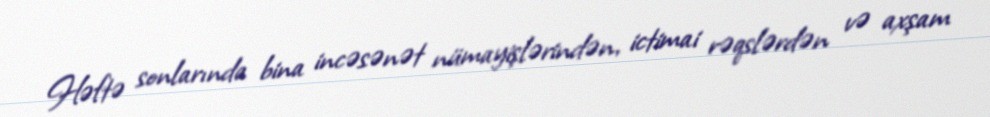
Həftə sonlarında bina incəsənət nümayişlərindən, ictimai rəqslərdən və axşam